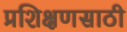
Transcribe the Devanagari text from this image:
प्रशिक्षणसाठी